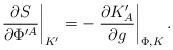
LaTeX: \begin{align*}\left. {\partial S\over \partial \Phi^{\prime A}}\right|_{K^\prime}=-\left. {\partial K^\prime_A\over \partial g }\right|_{\Phi,K}.\end{align*}